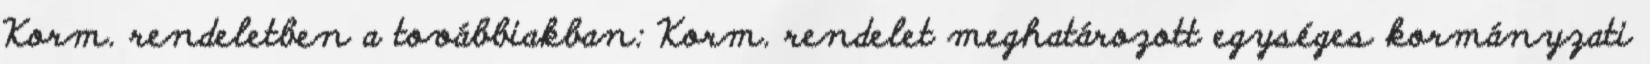
Korm. rendeletben a továbbiakban: Korm. rendelet meghatározott egységes kormányzati